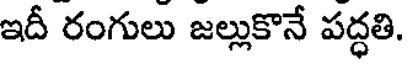
ఇదీ రంగులు జల్లుకొనే పద్ధతి.